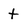
Character: t